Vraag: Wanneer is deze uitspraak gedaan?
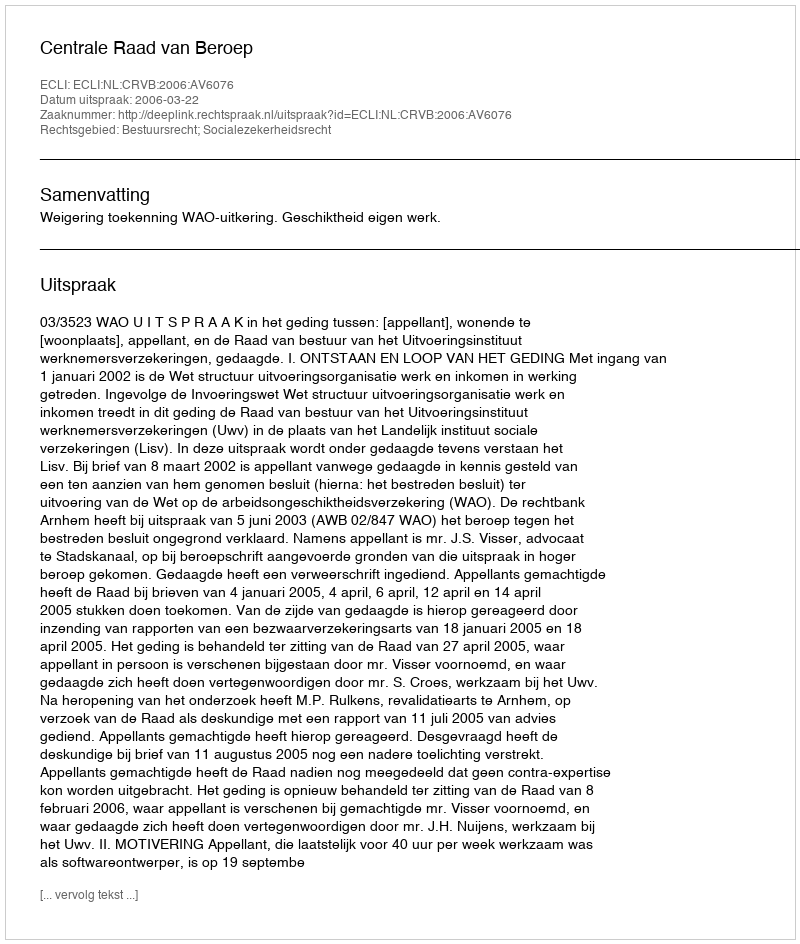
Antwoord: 2006-03-22